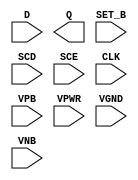
module sky130_fd_sc_ls__sdfstp (
    //# {{data|Data Signals}}
    input  D    ,
    output Q    ,

    //# {{control|Control Signals}}
    input  SET_B,

    //# {{scanchain|Scan Chain}}
    input  SCD  ,
    input  SCE  ,

    //# {{clocks|Clocking}}
    input  CLK  ,

    //# {{power|Power}}
    input  VPB  ,
    input  VPWR ,
    input  VGND ,
    input  VNB
);
endmodule